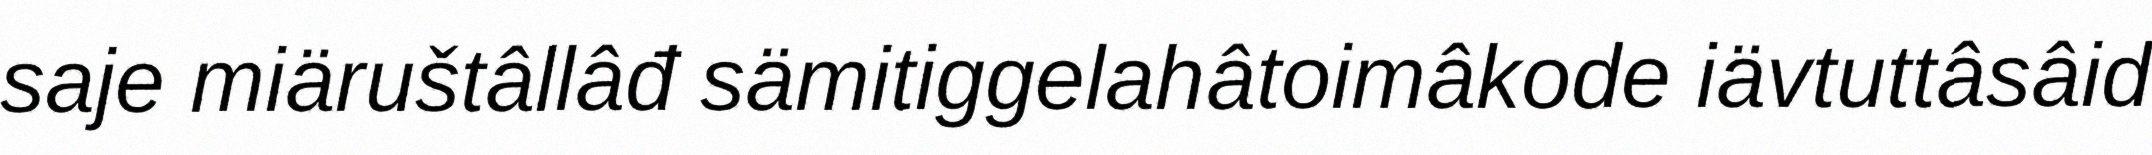
saje miäruštâllâđ sämitiggelahâtoimâkode iävtuttâsâid